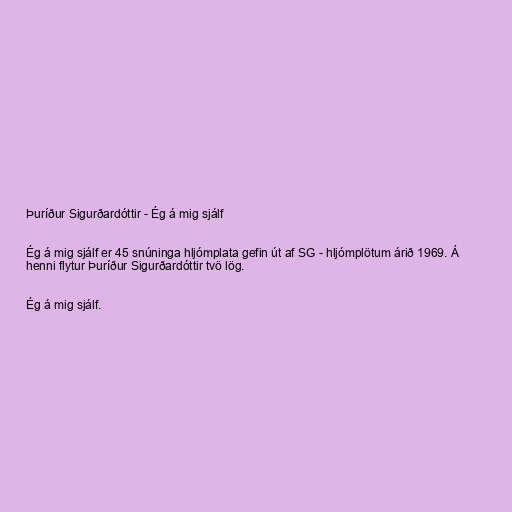
Þuríður Sigurðardóttir - Ég á mig sjálf

Ég á mig sjálf er 45 snúninga hljómplata gefin út af SG - hljómplötum árið 1969. Á
henni flytur Þuríður Sigurðardóttir tvö lög.

Ég á mig sjálf.